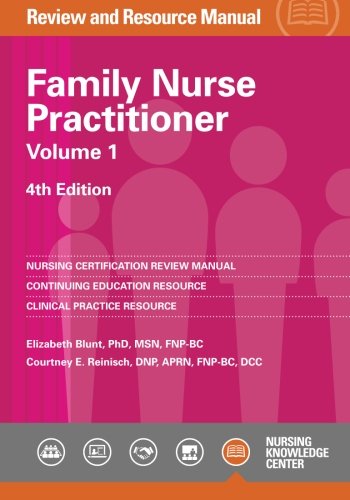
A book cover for Family Nurse Practitioner Review Manual, 4th Edition - Volume 1; Elizabeth Blunt; Test Preparation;